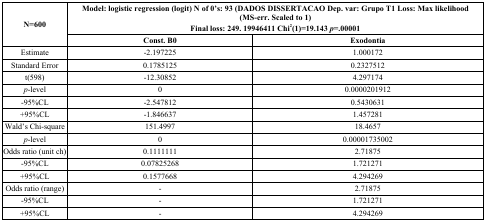
<table><thead><tr><td rowspan="2"><b>N=600</b></td><td colspan="2"><b>Model: logistic regression (logit) N of 0’s: 93 (DADOS DISSERTACAO Dep. var: Grupo T1 Loss: Max likelihood (MS-err. Scaled to 1)Final loss: 249. 19946411 Chi<sup>2</sup>(1)=19.143 <i>p</i>=.00001</b></td></tr><tr><td><b>Const. B0</b></td><td><b>Exodontia</b></td></tr></thead><tbody><tr><td>Estimate</td><td>-2.197225</td><td>1.000172</td></tr><tr><td>Standard Error</td><td>0.1785125</td><td>0.2327512</td></tr><tr><td>t(598)</td><td>-12.30852</td><td>4.297174</td></tr><tr><td><i>p</i>-level</td><td>0</td><td>0.0000201912</td></tr><tr><td>-95%CL</td><td>-2.547812</td><td>0.5430631</td></tr><tr><td>+95%CL</td><td>-1.846637</td><td>1.457281</td></tr><tr><td>Wald’s Chi-square</td><td>151.4997</td><td>18.4657</td></tr><tr><td><i>p</i>-level</td><td>0</td><td>0.00001735002</td></tr><tr><td>Odds ratio (unit ch)</td><td>0.1111111</td><td>2.71875</td></tr><tr><td>-95%CL</td><td>0.07825268</td><td>1.721271</td></tr><tr><td>+95%CL</td><td>0.1577668</td><td>4.294269</td></tr><tr><td>Odds ratio (range)</td><td>-</td><td>2.71875</td></tr><tr><td>-95%CL</td><td>-</td><td>1.721271</td></tr><tr><td>+95%CL</td><td>-</td><td>4.294269</td></tr></tbody></table>